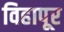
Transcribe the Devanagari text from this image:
विहापूर